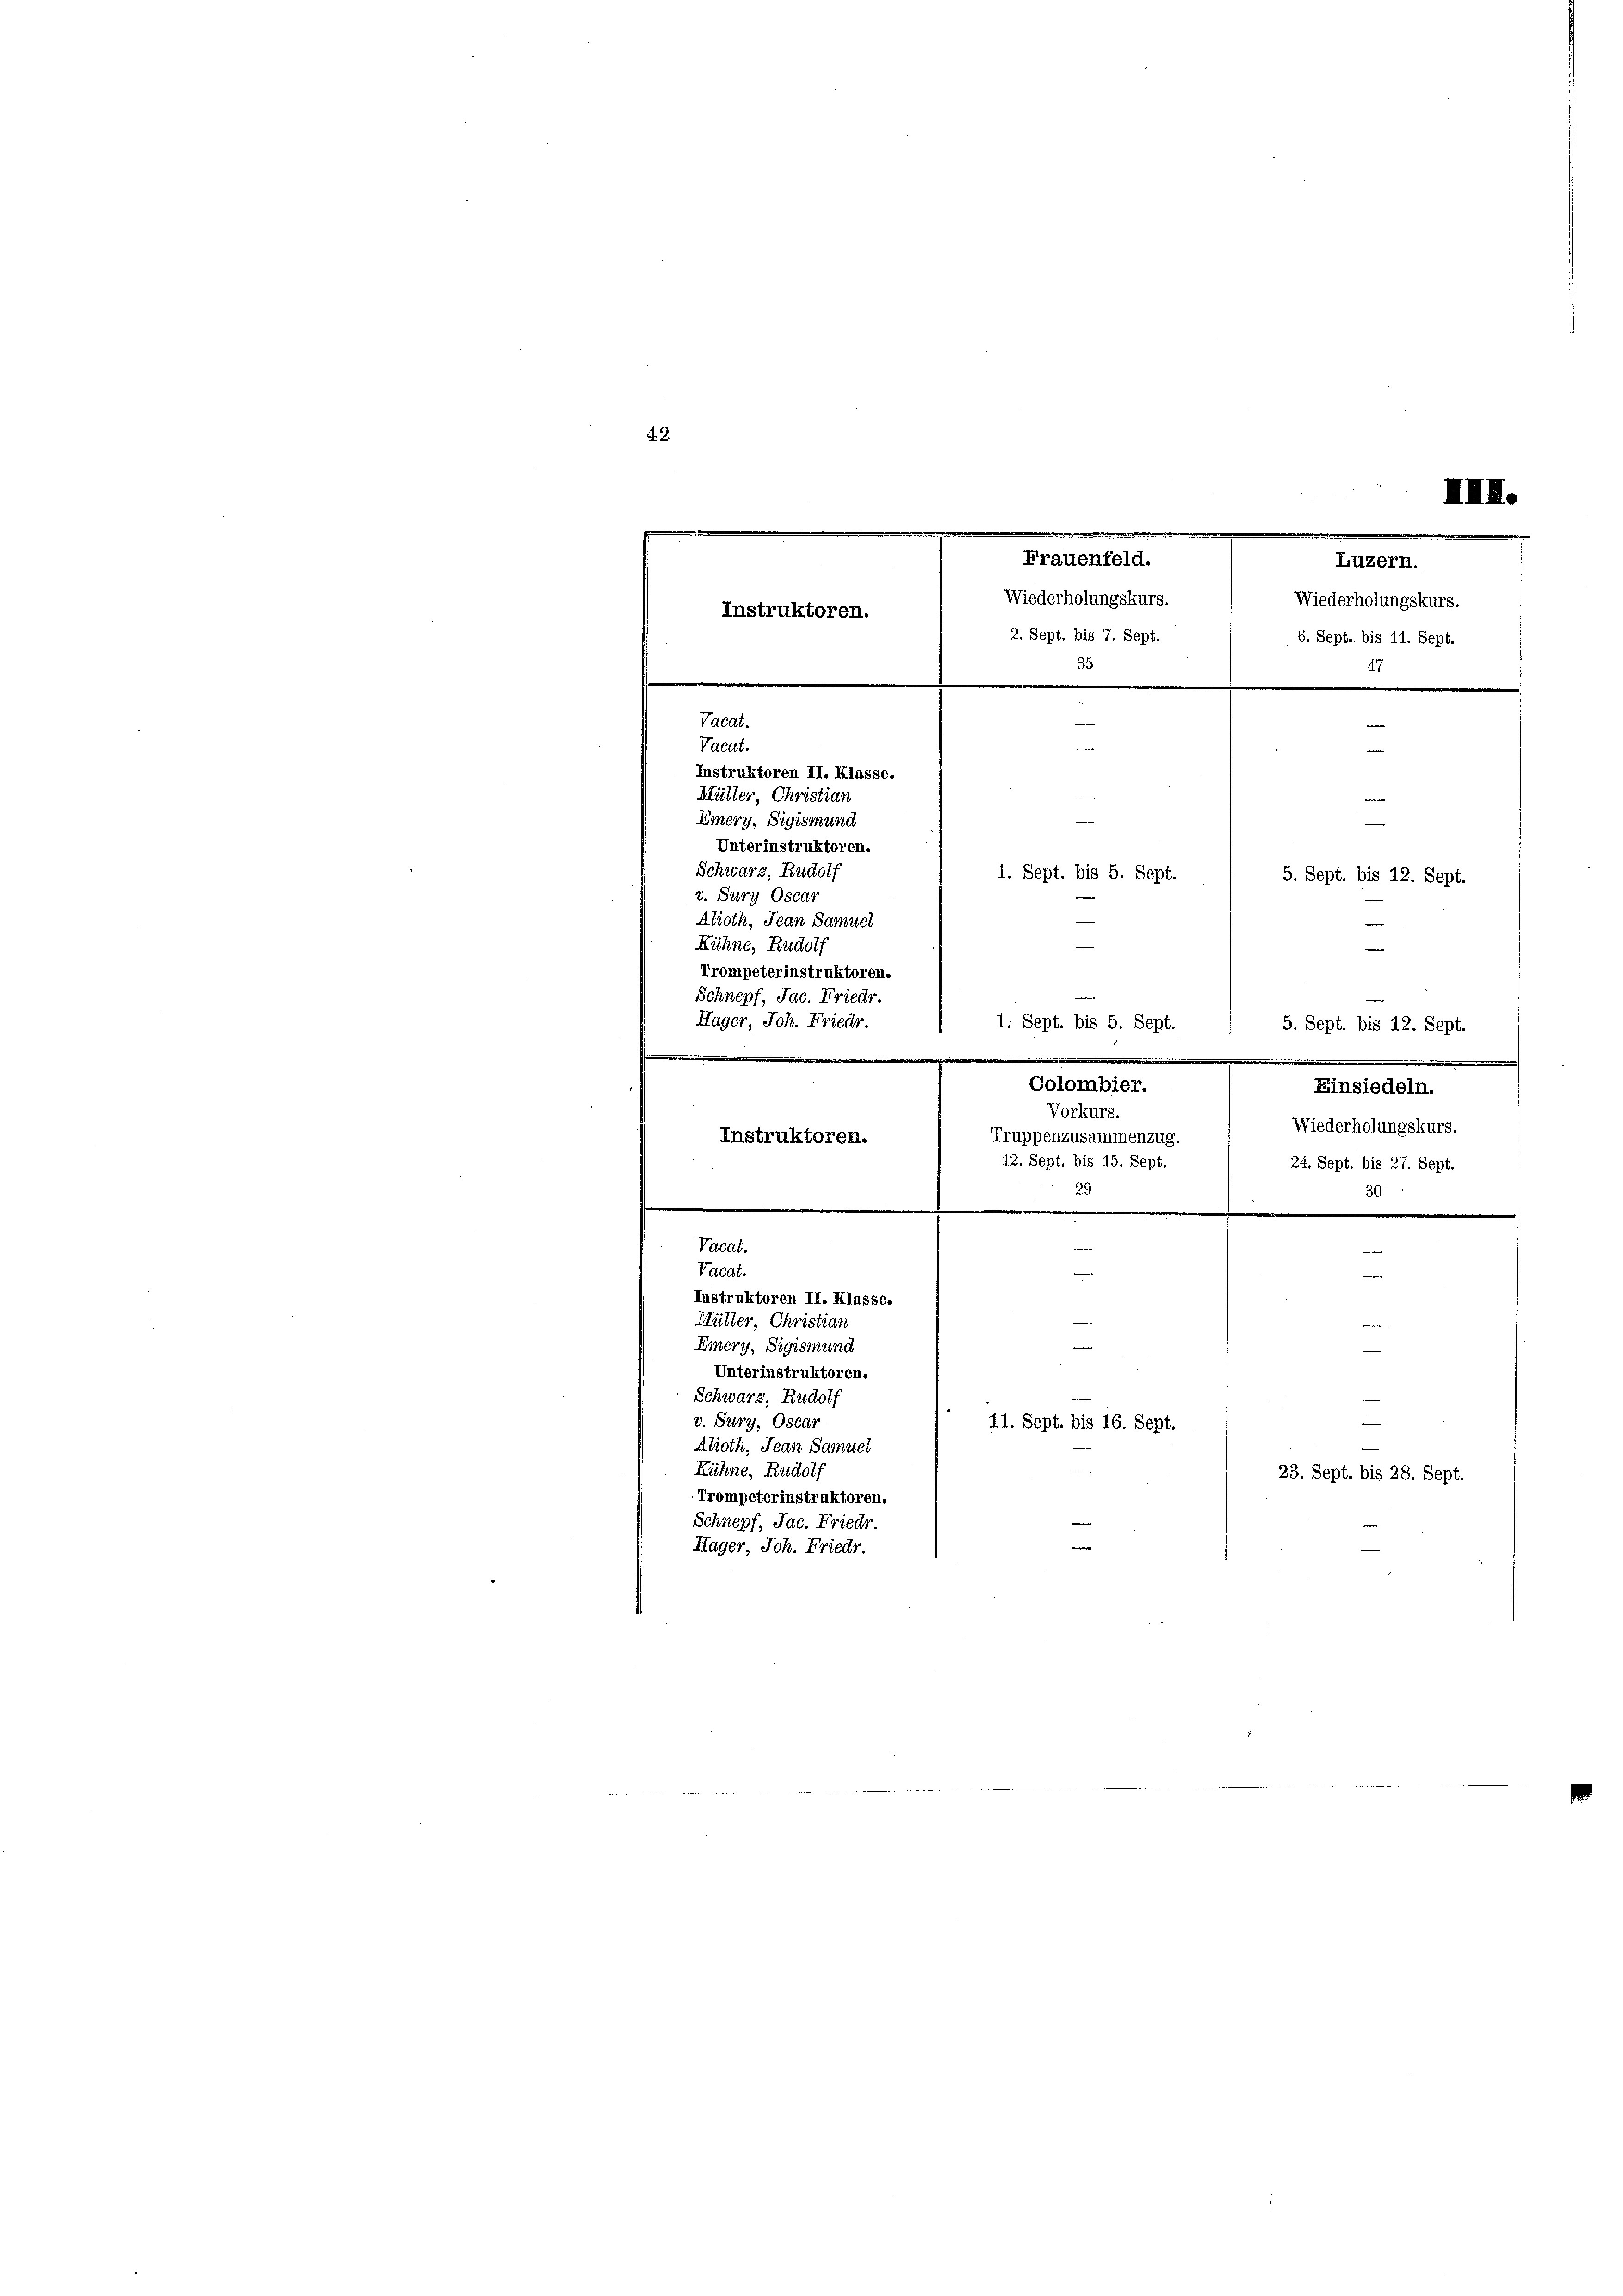
Alroth, Jean Samuel
Vorkurs.
Wiederholungskurs.
Truppenzusammenzug.
Instruktoren.
 12. Sept. bis 15. Sept. / 24. Sept. bis 27. Sept.
29
30
e
s
e
.

e
e
Vacat.
e
Vacdt.

e
Instruktoren II. Klasse.
Mütter, Christian
Eiery, Sigismund
Unterinstruktoren.
Schwarz, Rudolf
v. Sury, Oscar
11. Sept. bis 16. Sept.
Alioth, Jean Samuel
Kühne, Rudolf
23. Sept. bis 28. Sept.
Trompeterinstruktoren.
Schnepf, Jac. Friedr.
e
Hager, Joh. Friedr.

Luzern.
Wiederholungskurs.
Instruktoren.
2. Sept. bis 7. Sept.
6. Sept. bis 11. Sept.
35
e
47
e
Vacat.
|
Vacat.
e

Instruktoren II. Klasse.
Mütter, Christian
Emery, Sigismund
Unterinstruktoren.
Schwarz, Rudolf
1. Sept. bis 5. Sept.
5. Sept. bis 12. Sept.
z. Sury Oscar

42.

Kühne, Rudolf
Trompeterinstruktoren.
Schnepf, Jac. Friedr.
Hager, Joh. Friedr.

Frauenfeld.
Wiederholungskurs.

1. Sept. bis 5. Sept.
5. Sept. bis 12. Sept.
ge
Colombier.
Einsiedeln.

XIII.